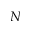
N